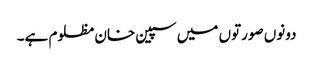
دونوں صورتوں میں سپین خان مظلوم ہے۔